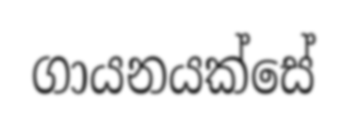
ගායනයක්සේ